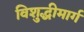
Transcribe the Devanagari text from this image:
विशुद्धीमार्ग